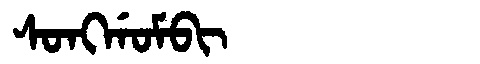
Manchu: ᠰᠣᠩᡤᠣᠮᠪᡳ
Romanization: SONGGOMBI